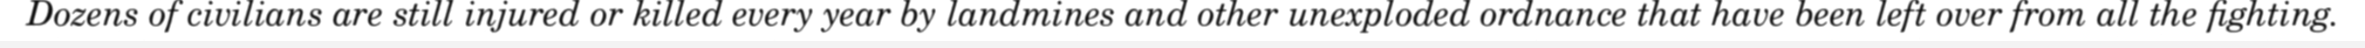
Dozens of civilians are still injured or killed every year by landmines and other unexploded ordnance that have been left over from all the fighting.